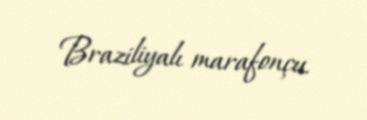
Braziliyalı marafonçu.